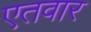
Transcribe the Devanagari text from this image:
एतवार